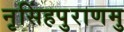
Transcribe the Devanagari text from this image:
नृसिंहपुराणमु